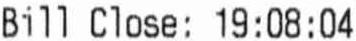
BILL CLOSE : 19:08:04